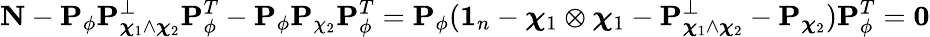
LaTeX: {\mathbf N}-{\mathbf P}_{\phi}{\mathbf P}_{\boldsymbol{\chi}_{1}\wedge\boldsymbol{\chi}_{2}}^{\perp}{\mathbf P}_{\phi}^{T}-{\mathbf P}_{\phi}{\mathbf P}_{\chi_{2}}{\mathbf P}_{\phi}^{T}={\mathbf P}_{\phi}(\textbf{1}_{n}-\boldsymbol{\chi}_{1}\otimes\boldsymbol{\chi}_{1}-{\mathbf P}_{\boldsymbol{\chi}_{1}\wedge\boldsymbol{\chi}_{2}}^{\perp}-{\mathbf P}_{\boldsymbol{\chi}_{2}}){\mathbf P}_{\phi}^{T}={\mathbf 0}